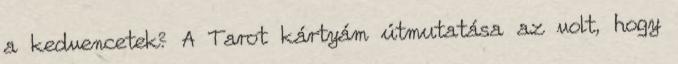
a kedvencetek? A Tarot kártyám útmutatása az volt, hogy